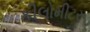
કીલોમીટર